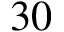
3 0